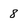
Character: 8